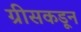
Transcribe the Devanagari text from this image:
ग्रीसकडून